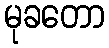
မုခတော